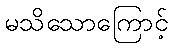
မသိသောကြောင့်